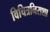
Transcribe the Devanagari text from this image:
विचित्रनिराशा